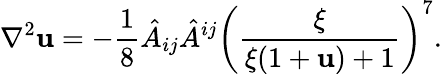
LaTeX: \nabla^{2}\mathbf{u}=-\frac{{1}}{{8}}\hat{{A}}_{ij}\hat{{A}}^{ij}\left(\frac{{\xi}}{{\xi(1+\mathbf{u})+1}}\right)^{7}.